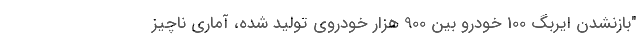
"بازنشدن ایربگ 100 خودرو بین 900 هزار خودروی تولید شده، آماری ناچیز